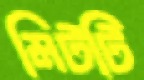
মিটটি